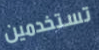
تستخدمين